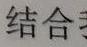
结合